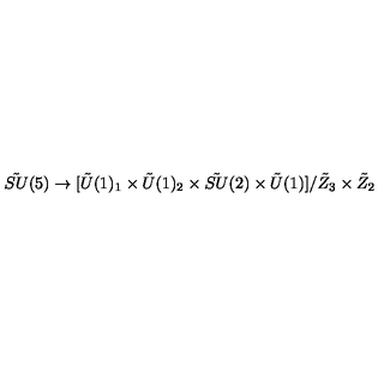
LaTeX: { \tilde { S U } } ( 5 ) \rightarrow [ { \tilde { U } } ( 1 ) _ { 1 } \times { \tilde { U } } ( 1 ) _ { 2 } \times { \tilde { S U } } ( 2 ) \times { \tilde { U } } ( 1 ) ] / { \tilde { Z } } _ { 3 } \times { \tilde { Z } } _ { 2 } \nonumber